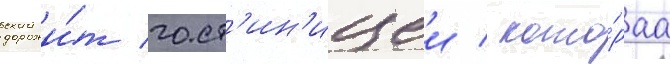
дорожи́т гост'ин'ицеи / кото́раа